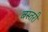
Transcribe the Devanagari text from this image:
बस्तरी